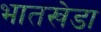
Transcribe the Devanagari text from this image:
भातखेडा